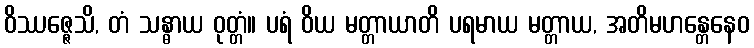
ဝိဿဇ္ဇေသိ, တံ သန္ဓာယ ဝုတ္တံ။ ပရံ ဝိယ မတ္တာယာတိ ပရမာယ မတ္တာယ, အတိမဟန္တေနေဝ